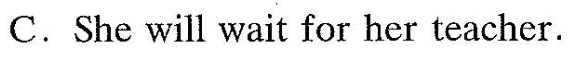
C.She will wait for her teacher.